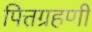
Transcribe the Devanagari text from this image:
पित्तग्रहणी